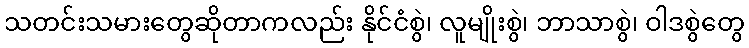
သတင်းသမားတွေဆိုတာကလည်း နိုင်ငံစွဲ၊ လူမျိုးစွဲ၊ ဘာသာစွဲ၊ ဝါဒစွဲတွေ